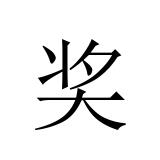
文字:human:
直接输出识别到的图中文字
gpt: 奖